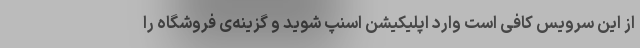
از این سرویس کافی‌ است وارد اپلیکیشن اسنپ شوید و گزینه‌ی فروشگاه را